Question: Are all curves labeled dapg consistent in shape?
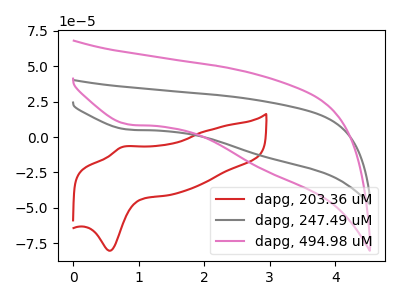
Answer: <think>The red curve "dapg, 203.36 uM" has an anodic peak at (0.75V, -7.25uA) and a cathodic peak at (0.55V, -80.35uA). The gray curve "dapg, 247.49 uM" has a cathodic peak at: (0.85V, 5.20uA). The pink curve "dapg, 494.98 uM" has a cathodic peak at: (0.85V, 8.80uA).
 "dapg, 203.36 uM" and "dapg, 247.49 uM" have a different number of peaks. "dapg, 203.36 uM" and "dapg, 494.98 uM" have a different number of peaks. All the peaks in "dapg, 247.49 uM" have a peak in "dapg, 494.98 uM" at the same potential. Every peak in "dapg, 247.49 uM" is higher than every peak in "dapg, 494.98 uM".</think>
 <answer>All the CV's of "dapg" have similar shape.</answer>
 <eval>follow_rule</eval>